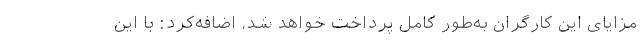
مزایای این کارگران به‌طور کامل پرداخت خواهد شد، اضافه‌کرد: با این